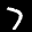
Label: 7